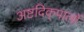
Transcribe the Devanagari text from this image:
अष्टदिक्‌पालों